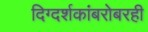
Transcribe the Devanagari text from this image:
दिग्दर्शकांबरोबरही